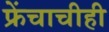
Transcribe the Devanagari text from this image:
फ्रेंचाचीही